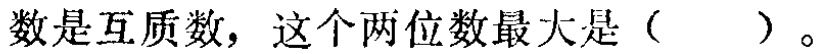
数是互质数，这个两位数最大是（  ）。